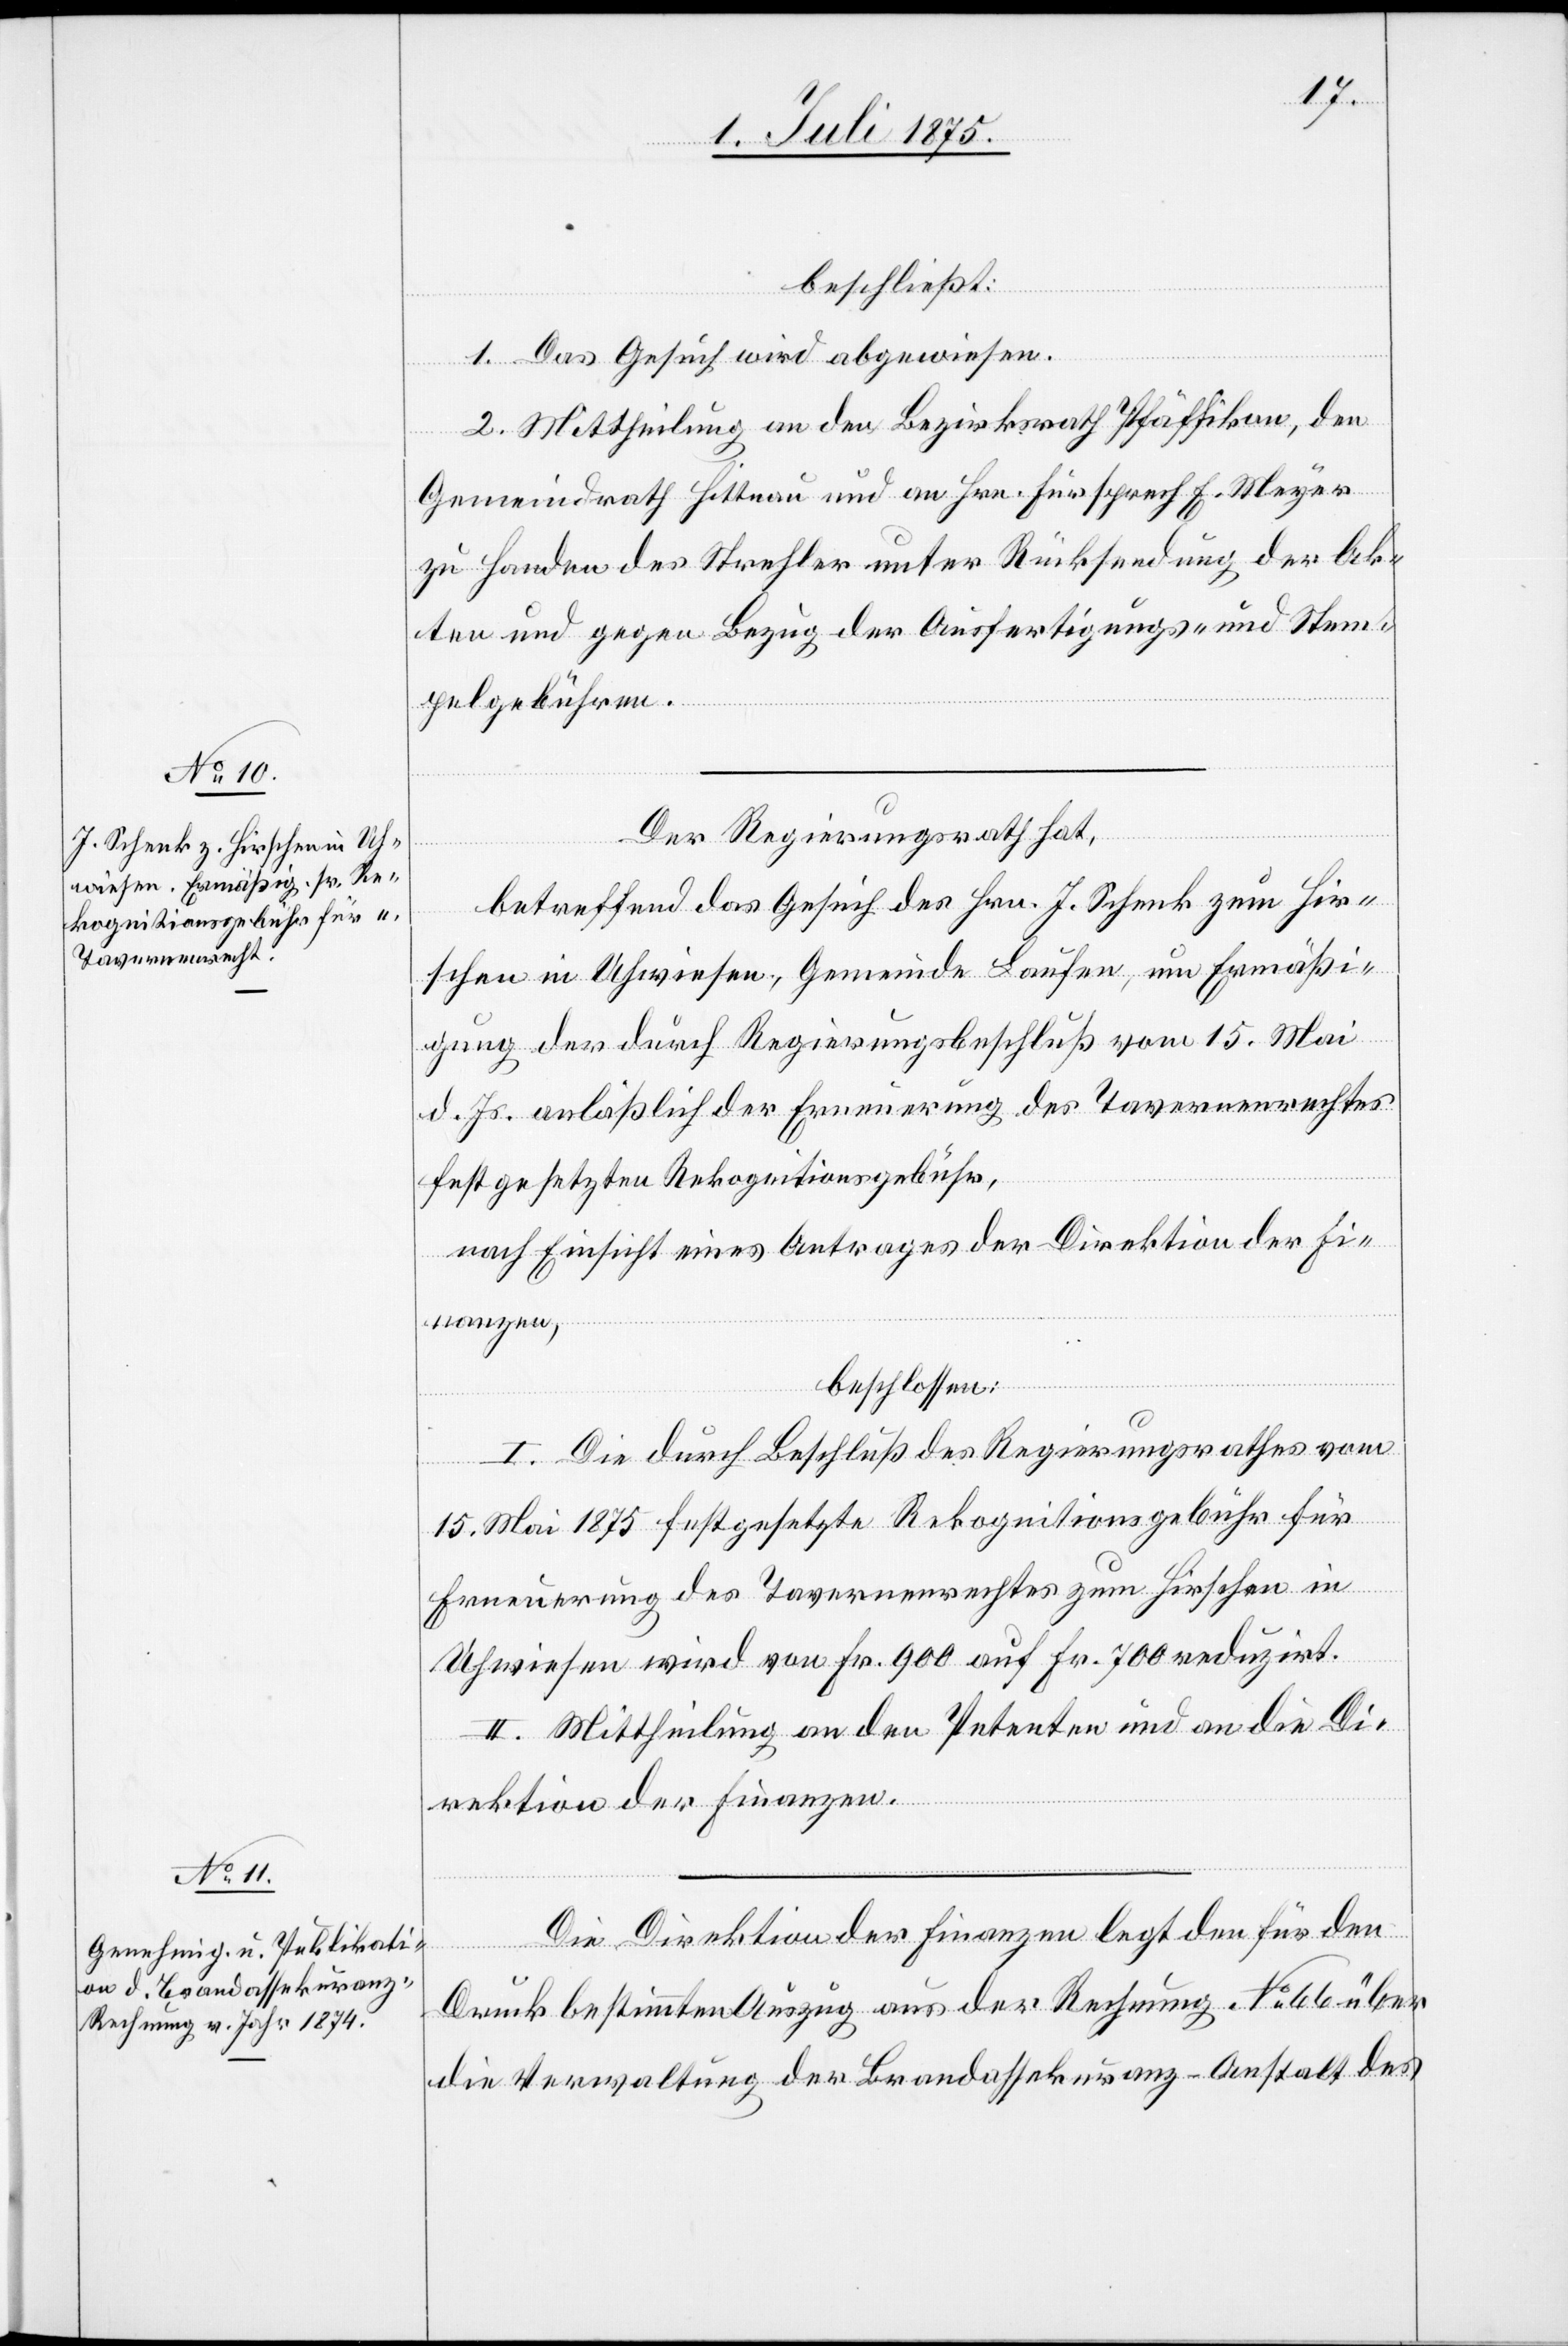
beschließt:
1. Das Gesuch wird abgewiesen.
2. Mittheilung an den Bezirksrath Pfäffikon, den
Gemeindrath Hittnau und an Hrn. Fürsprech F. Meyer
zu Handen des Strehler unter Rücksendung der Ak¬
ten und gegen Bezug der Ausfertigungs- und Stem¬
pelgebühren.
Der Regierungsrath hat,
betreffend das Gesuch des Hrn. J. Schenk zum Hir¬
schen in Uhwiesen, Gemeinde Laufen, um Ermäßi¬
gung der durch Regierungsbeschluß vom 15. Mai
d. Js. anläßlich der Erneuerung des Tavernenrechtes
festgesetzten Rekognitionsgebühr,
nach Einsicht eines Antrages der Direktion der Fi¬
nanzen,
beschlossen:
I. Die durch Beschluß des Regierungsrathes vom
15. Mai 1875 festgesetzte Rekognitionsgebühr für
Erneuerung des Tavernenrechtes zum Hirschen in
Uhwiesen wird von Fr. 900 auf Fr. 700 reduzirt.
II. Mittheilung an den Petenten und an die Di¬
rektion der Finanzen.
Die Direktion der Finanzen legt den für den
Druck bestimmten Auszug aus der Rechnung No 66 über
die Verwaltung der Brandassekuranz-Anstalt des